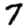
Digit: 7